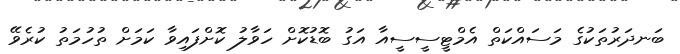
ބަނދަރުތަކުގެ މަސައްކަތް އެމްޓީސީސީއާ އަގު ބޮޑުކޮށް ހަވާލު ކޮށްފައިވާ ކަމަށް ތުހުމަތު ކުރެވޭ